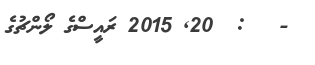
-   :  20